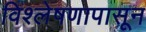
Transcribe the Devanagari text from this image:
विश्लेषणापासून